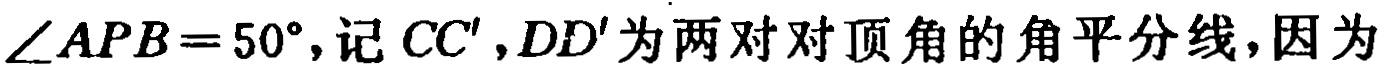
$\angle APB = 50^{\circ},记\ CC',DD'\ 为两对对顶角的角平分线,因为$